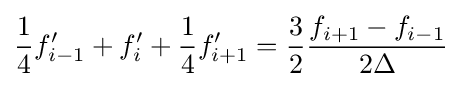
{\frac {1}{4}}f'_{i-1}+f'_{i}+{\frac {1}{4}}f'_{i+1}={\frac {3}{2}}{\frac {f_{i+1}-f_{i-1}}{2\Delta }}